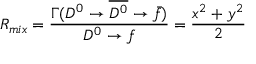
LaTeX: R _ { m i x } = \frac { \Gamma ( D ^ { 0 } \rightarrow \overline { { { D ^ { 0 } } } } \rightarrow \bar { f } ) } { D ^ { 0 } \rightarrow f } = \frac { x ^ { 2 } + y ^ { 2 } } { 2 }